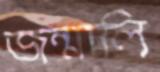
জন্মালি